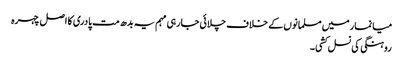
میانمار میں مسلمانوں کے خلاف چلائی جارہی مہم یہ بدھ مت پادری کا اصل چہرہ
روہنگی کی نسل کشی۔